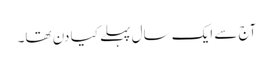
آج سے ایک سال پہلے کیا دن تھا۔